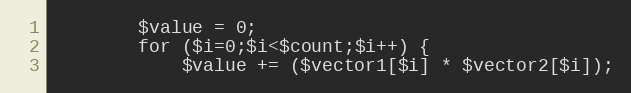
Language: PHP
        $value = 0;
        for ($i=0;$i<$count;$i++) {
            $value += ($vector1[$i] * $vector2[$i]);